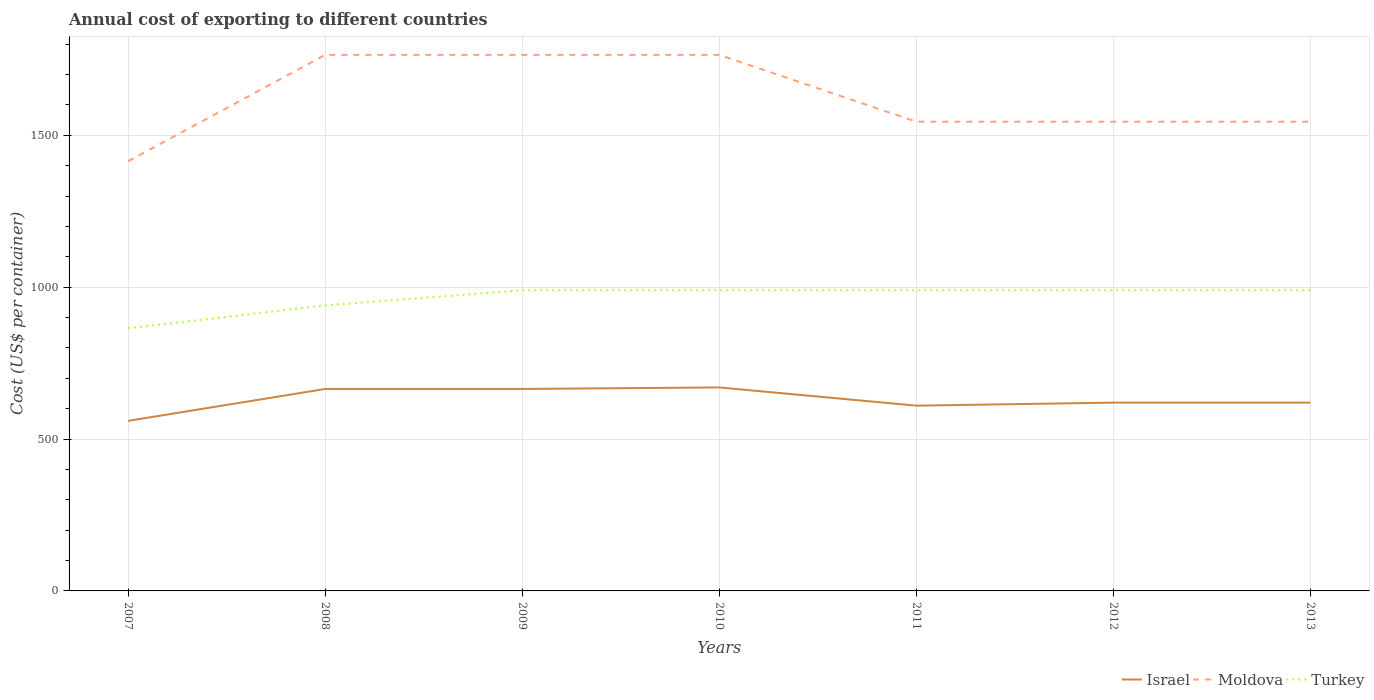
| Years | Israel | Moldova | Turkey |
 | --- | --- | --- | --- |
 | 2007 | 560 | 1.42e+03 | 865 |
 | 2008 | 665 | 1.76e+03 | 940 |
 | 2009 | 665 | 1.76e+03 | 990 |
 | 2010 | 670 | 1.76e+03 | 990 |
 | 2011 | 610 | 1.54e+03 | 990 |
 | 2012 | 620 | 1.54e+03 | 990 |
 | 2013 | 620 | 1.54e+03 | 990 |